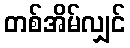
တစ်အိမ်လျှင်